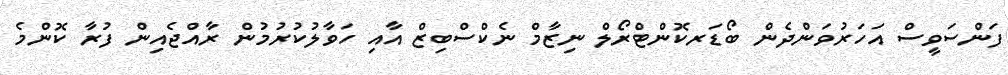
ފަންސަވީސް އަހަރުވަންދެން ބޯޑަރކޮންޓްރޯލް ނިޒާމް ނެކްސްބިޒް އާއި ހަވާލުކުރުމުން ރާއްޖެއިން ފުރާ ކޮންމެ